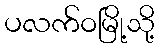
ပလက်ဝမြို့သို့